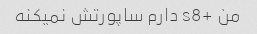
من +s8 دارم ساپورتش نمیکنه